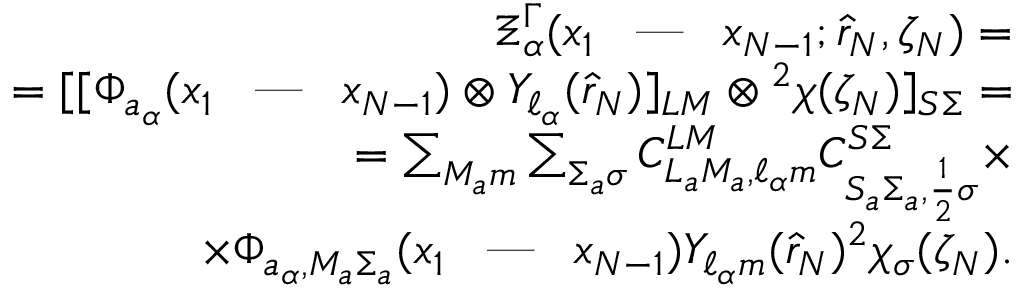
\begin{array} { r l r } & { } & { \Xi _ { \alpha } ^ { \Gamma } ( x _ { 1 } \textrm { \, --- \, } x _ { N - 1 } ; \hat { r } _ { N } , \zeta _ { N } ) = } \\ & { } & { = [ [ \Phi _ { a _ { \alpha } } ( x _ { 1 } \textrm { \, --- \, } x _ { N - 1 } ) \otimes Y _ { \ell _ { \alpha } } ( \hat { r } _ { N } ) ] _ { L M } \otimes { ^ 2 \chi ( \zeta _ { N } ) } ] _ { S \Sigma } = } \\ & { } & { = \sum _ { M _ { a } m } \sum _ { \Sigma _ { a } \sigma } C _ { L _ { a } M _ { a } , \ell _ { \alpha } m } ^ { L M } C _ { S _ { a } \Sigma _ { a } , \frac { 1 } { 2 } \sigma } ^ { S \Sigma } \times } \\ & { } & { \times \Phi _ { a _ { \alpha } , M _ { a } \Sigma _ { a } } ( x _ { 1 } \textrm { \, --- \, } x _ { N - 1 } ) Y _ { \ell _ { \alpha } m } ( \hat { r } _ { N } ) { ^ 2 \chi _ { \sigma } ( \zeta _ { N } ) } . } \end{array}